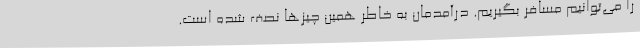
را می‌توانیم مسافر بگیریم. درآمدمان به خاطر همین چیزها نصف شده است.